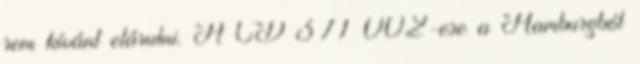
sem kívánt elárulni. A ČD 371 002-ese a Hamburgból